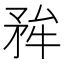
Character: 𭿺